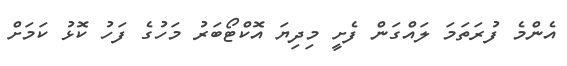
އެންމެ ފުރަތަމަ ލައްގަން ފެށީ މިދިޔަ އޮކްޓޯބަރު މަހުގެ ފަހު ކޮޅު ކަމަށް